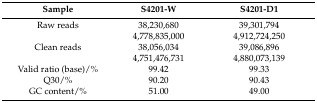
<table><thead><tr><td><b>Sample</b></td><td><b>S4201-W</b></td><td><b>S4201-D1</b></td></tr></thead><tbody><tr><td>Raw reads</td><td>38,230,680</td><td>39,301,794</td></tr><tr><td>[EMPTY_CELL]</td><td>4,778,835,000</td><td>4,912,724,250</td></tr><tr><td>Clean reads</td><td>38,056,034</td><td>39,086,896</td></tr><tr><td>[EMPTY_CELL]</td><td>4,751,476,731</td><td>4,880,073,139</td></tr><tr><td>Valid ratio (base)/%</td><td>99.42</td><td>99.33</td></tr><tr><td>Q30/%</td><td>90.20</td><td>90.43</td></tr><tr><td>GC content/%</td><td>51.00</td><td>49.00</td></tr></tbody></table>